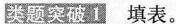
类题突破1 填表。